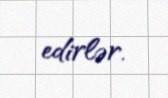
edirlər.